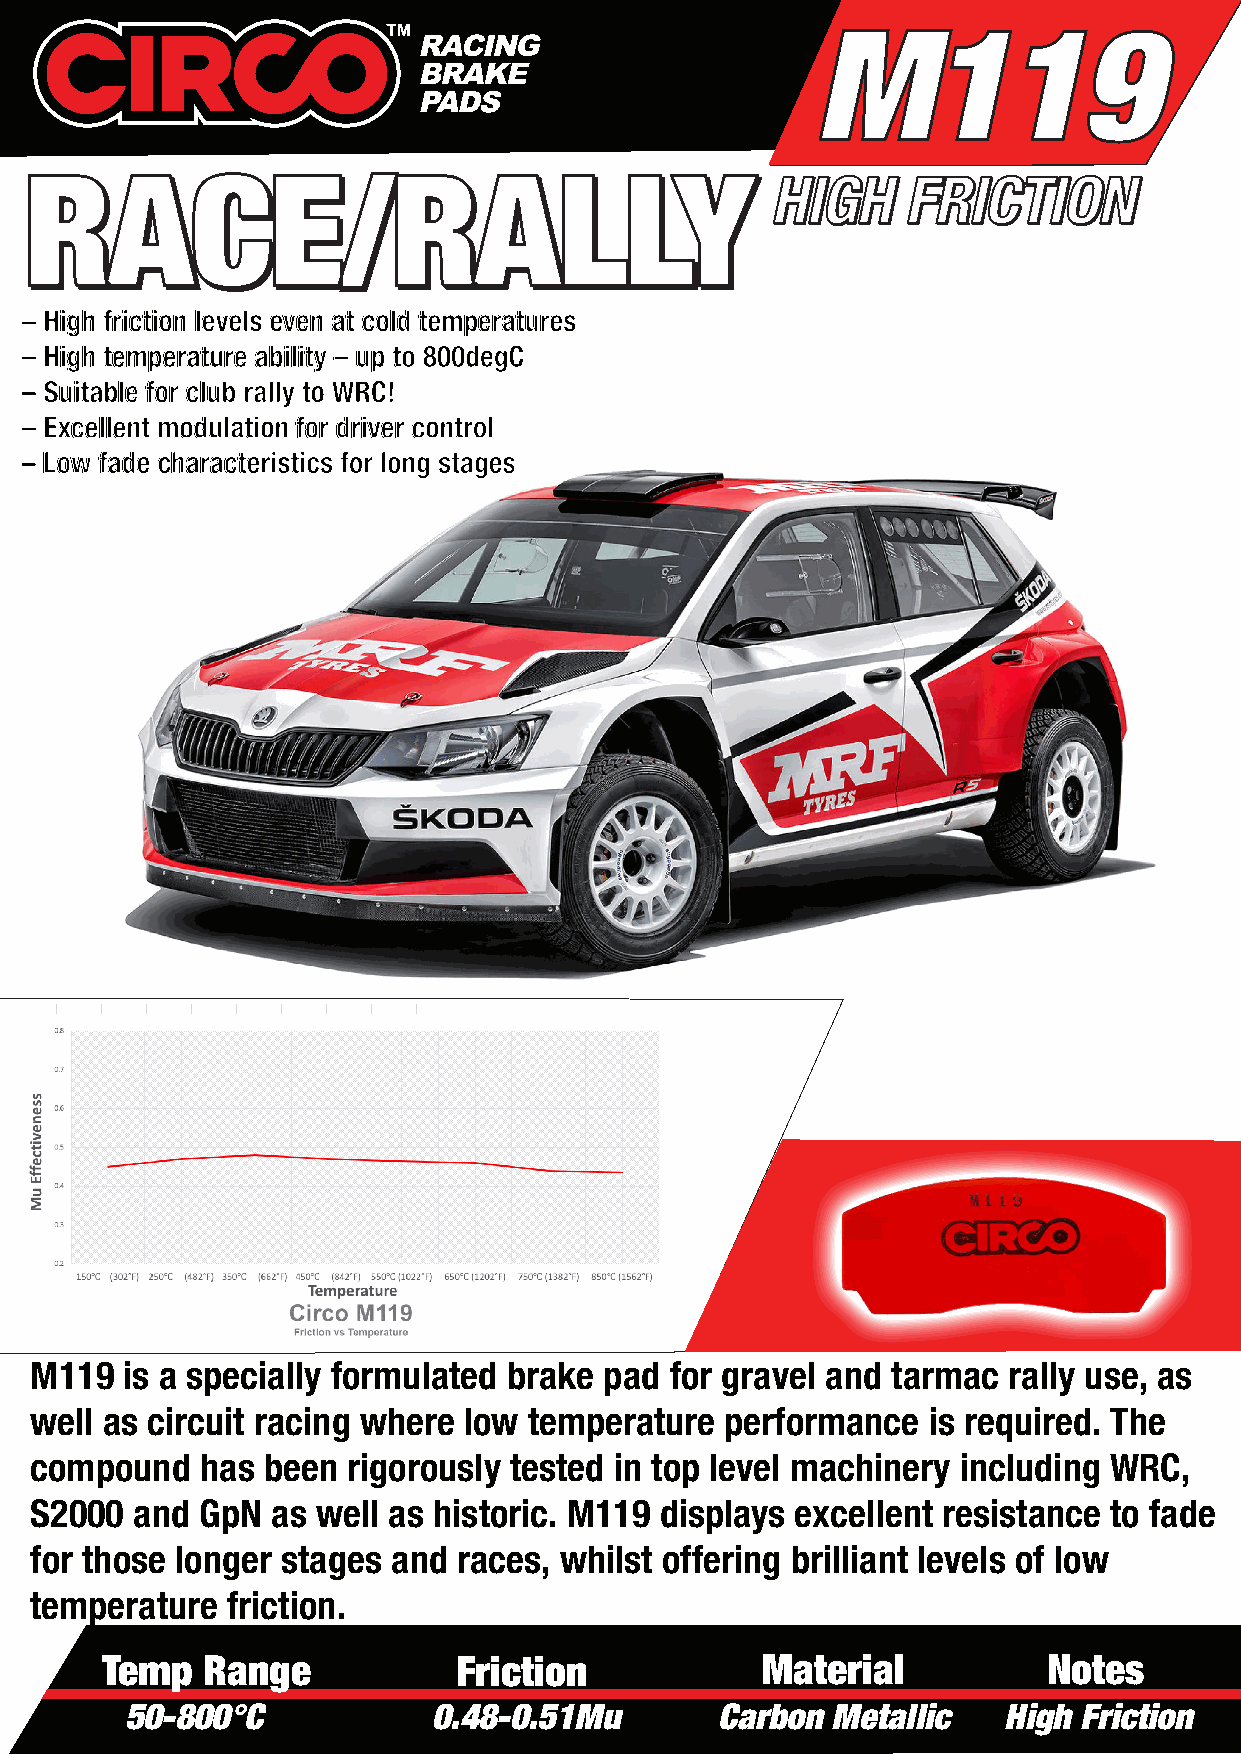
M119
 RRAACCEE//RRAALLLLYY
 HHIIGGHH FFRRIICCTTIIOONN
 – High friction levels even at cold temperatures
 – High temperature ability – up to 800degC
 – Suitable for club rally to WRC!
 – Excellent modulation for driver control
 – Low fade characteristics for long stages
 M119  is a specially formulated brake pad for gravel and tarmac  rally use, as
 well as circuit racing where low temperature  performance  is required. The
 compound   has been  rigorously tested in top level machinery including WRC,
 S2000  and GpN  as well as historic. M119 displays excellent resistance to fade
 for those longer stages and races, whilst offering brilliant levels of low
 temperature  friction.
 Temp  Range            Friction            Material           Notes
 50-800°C             0.48-0.51Mu        Carbon Metallic   High Friction